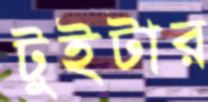
টুইটার